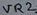
Text: VR2